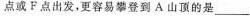
点或F点出发，更容易攀登到A山顶的是___